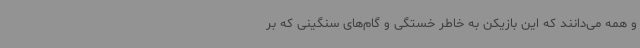
و همه می‌دانند که این بازیکن به خاطر خستگی و گام‌های سنگینی که بر